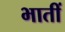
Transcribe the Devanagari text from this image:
भातीं